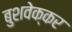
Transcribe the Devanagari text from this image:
बुशवेक्कर